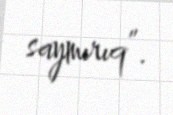
saymırıq”.